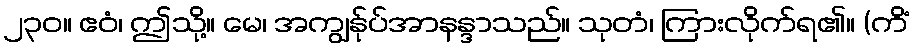
၂၃၀။ ဧဝံ၊ ဤသို့။ မေ၊ အကျွန်ုပ်အာနန္ဒာသည်။ သုတံ၊ ကြားလိုက်ရ၏။ (ကိံ